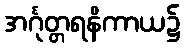
အင်္ဂုတ္တရနိကာယ၌